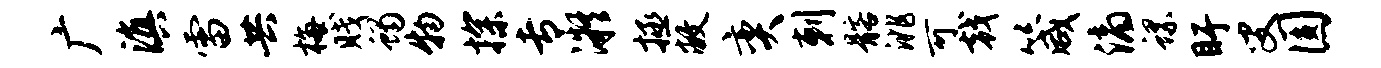
广滇雷共梅贱蝎物探专凝拯敝奕剌髂洮可戟箴滴螺盱叟圆